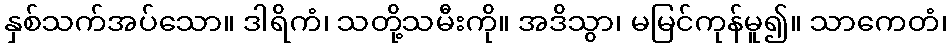
နှစ်သက်အပ်သော။ ဒါရိကံ၊ သတို့သမီးကို။ အဒိသွာ၊ မမြင်ကုန်မူ၍။ သာကေတံ၊